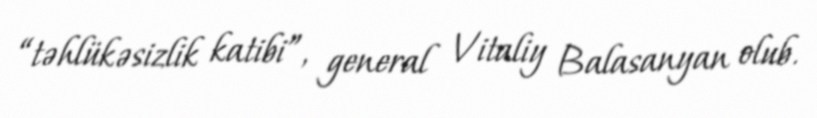
“təhlükəsizlik katibi”, general Vitaliy Balasanyan olub.